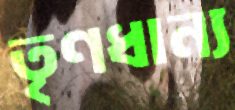
তৃণধান্য